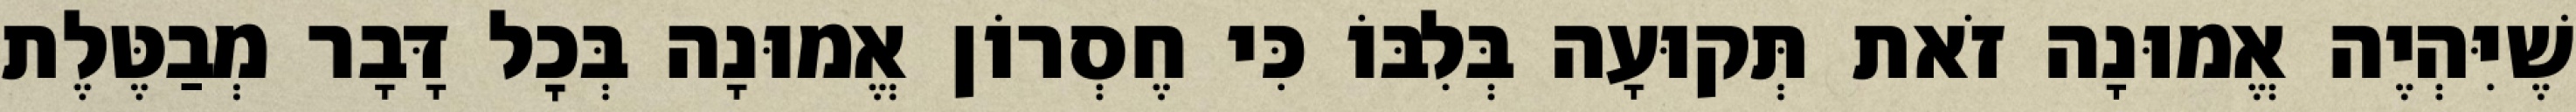
שֶׁיִּהְיֶה אֱמוּנָה זֹאת תְּקוּעָה בְּלִבּוֹ כִּי חֶסְרוֹן אֱמוּנָה בְּכׇל דָּבָר מְבַטֶּלֶת